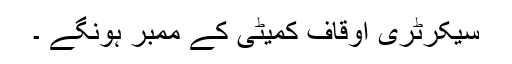
سیکرٹری اوقاف کمیٹی کے ممبر ہونگے ۔